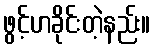
ဖွင့်ဟခိုင်းတဲ့နည်း။